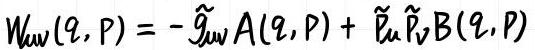
$W_{\mu\nu}(q,p)=-\tilde{g}_{\mu\nu}A(q,p)+\tilde{p}_{\mu}\tilde{p}_{\nu}B(q,p)$